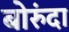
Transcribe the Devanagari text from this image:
बोरुंदा